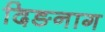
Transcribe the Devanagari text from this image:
दिङनाग